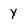
Character: Y